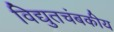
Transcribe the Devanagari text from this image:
विद्युतचंबकीय